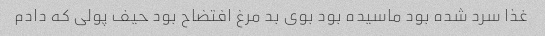
غذا سرد شده بود ماسیده بود بوی بد مرغ افتضاح بود حیف پولی که دادم